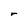
Character: r